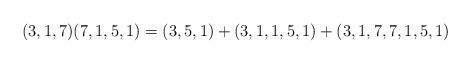
LaTeX: \begin{align*}(3,1,7) (7,1,5,1) =(3,5,1) +(3,1,1,5,1) +(3,1,7,7,1,5,1)\end{align*}